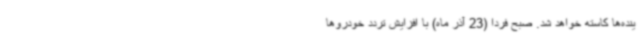
ینده‌ها کاسته خواهد شد. صبح فردا (23 آذر ماه) با افزایش تردد خودروها